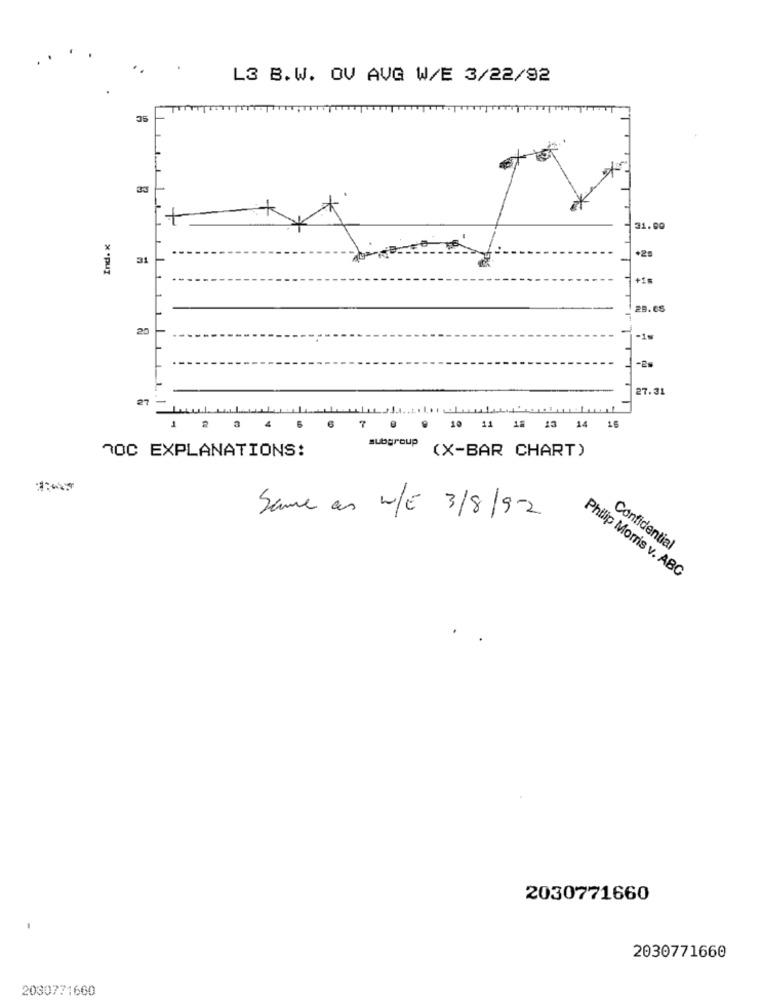
L3 B.W. OV AVG W/E 3/22/92
31.00
Ind. x
+2.
+1=
29.65
20
-1s
-25
27.31
27
1 2 3 4
7
10 11 18 13 14 16
7OC EXPLANATIONS:
subgroup
(X-BAR CHART)
Same as W/E 3/8/92
Confidential
Philip Morris v. ABG
2030771660
2030771660
2030771660